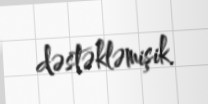
dəstəkləmişik.